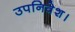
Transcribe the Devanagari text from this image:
उपनिवेश।